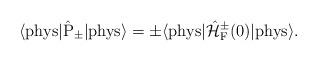
LaTeX: \begin{align*}\langle {\rm phys}| \hat{\rm P}_{\pm}|{\rm phys} \rangle =\pm \langle {\rm phys}| \hat{\cal H}_{\rm F}^{\pm}(0)|{\rm phys} \rangle .\end{align*}